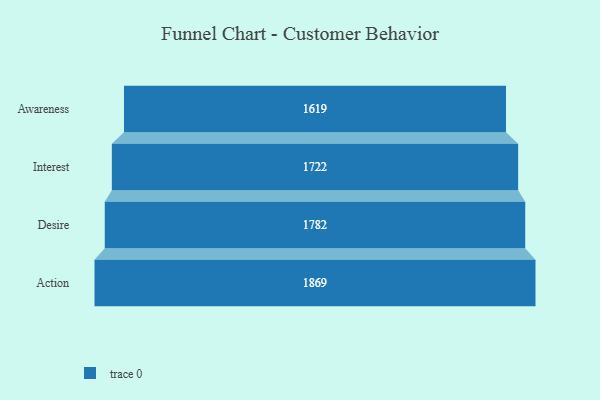
{"axis": {"x": "Stage", "y": "Value"}, "legend": [""], "data": [{"x": "Awareness", "y": 1619.0, "type": ""}, {"x": "Interest", "y": 1722.0, "type": ""}, {"x": "Desire", "y": 1782.0, "type": ""}, {"x": "Action", "y": 1869.0, "type": ""}]}